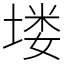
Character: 𪣻